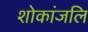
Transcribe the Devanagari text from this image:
शोकांजलि